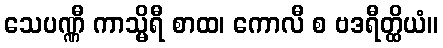
သေပဏ္ဏီ ကာသ္မိရီ စာထ၊ ကောလီ စ ဗဒရီတ္ထိယံ။